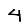
Digit: 4